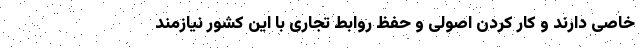
خاصی دارند و کار کردن اصولی و حفظ روابط تجاری با این کشور نیازمند